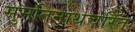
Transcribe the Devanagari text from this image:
सुमतिनाथचरित